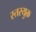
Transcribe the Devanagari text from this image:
स्तरयुक्त